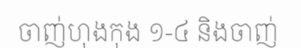
ចាញ់ហុងកុង ១-៤ និងចាញ់